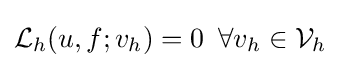
{\mathcal {L}}_{h}(u,f;v_{h})=0\,\,\,\forall v_{h}\in {\mathcal {V}}_{h}